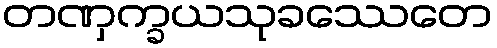
တဏှက္ခယသုခဿေတေ